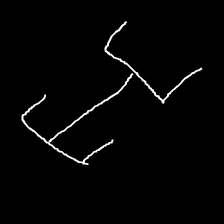
Glyph: entwine